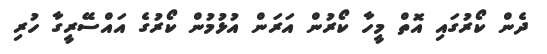
ދެން ކޯރުގައި އޮތް މީހާ ކޯރުން އަރަން އުޅުމުން ކޯރުގެ އައްސޭރީގާ ހުރި